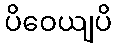
ပိဝေယျပိ